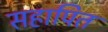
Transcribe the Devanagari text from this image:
सहापित